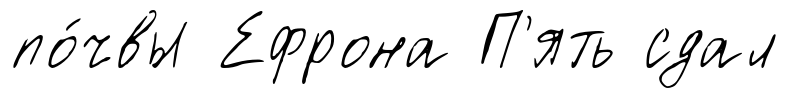
по́чвы Ефрона П'ять сдал